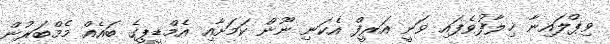
ވިޕްލައިނާ ޚިލާފުވެފައި ވަނީ އަރީފް އެކަނި ނޫން ކަމަށާއި އެމްޑީޕީގެ ބައެއް މެމްބަރުން